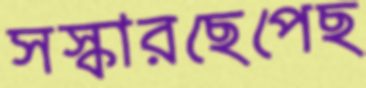
সস্কারছেপেছ